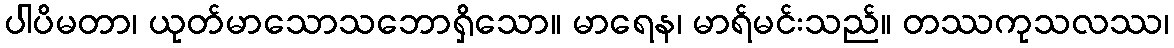
ပါပိမတာ၊ ယုတ်မာသောသဘောရှိသော။ မာရေန၊ မာရ်မင်းသည်။ တဿကုသလဿ၊